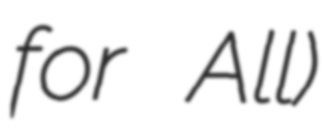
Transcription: for All)